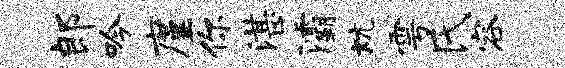
郎吟廑你湛灞炕雩氏容